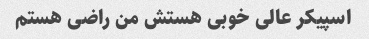
اسپیکر عالی خوبی هستش من راضی هستم